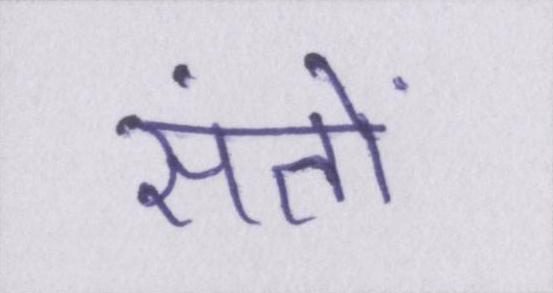
संतों